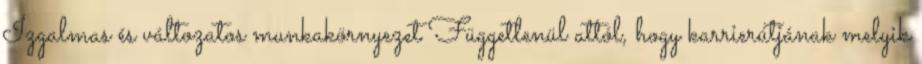
Izgalmas és változatos munkakörnyezet Függetlenül attól, hogy karrierútjának melyik